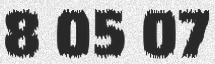
8 05 07